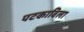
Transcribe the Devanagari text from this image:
पटकाविला